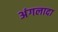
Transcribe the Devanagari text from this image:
अंगलादा